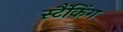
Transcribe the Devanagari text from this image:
स्टैंकिंग